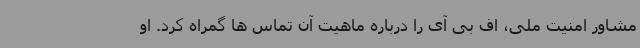
مشاور امنیت ملی، اف بی آی را درباره ماهیت آن تماس ها گمراه کرد. او